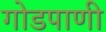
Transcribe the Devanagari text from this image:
गोडपाणी